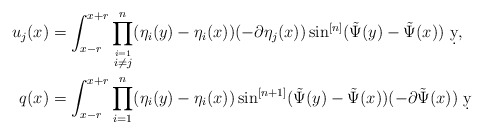
\begin{align*}u_j(x) &= \int_{x-r}^{x+r} \prod_{\stackrel{i=1}{i\neq j}}^n(\eta_i(y)-\eta_i(x))(-\partial \eta_j(x))\sin^{[n]}(\tilde \Psi(y)-\tilde\Psi(x))\ \d y,\\q(x) &= \int_{x-r}^{x+r} \prod_{i=1}^n(\eta_i(y)-\eta_i(x))\sin^{[n+1]}(\tilde \Psi(y)-\tilde \Psi(x))(-\partial \tilde \Psi(x)) \ \d y\end{align*}